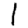
Digit: 1